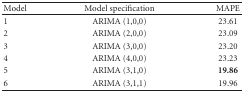
<table><thead><tr><td><b>Model</b></td><td><b>Model specification</b></td><td><b>MAPE</b></td></tr></thead><tbody><tr><td>1</td><td>ARIMA (1,0,0)</td><td>23.61</td></tr><tr><td>2</td><td>ARIMA (2,0,0)</td><td>23.09</td></tr><tr><td>3</td><td>ARIMA (3,0,0)</td><td>23.20</td></tr><tr><td>4</td><td>ARIMA (4,0,0)</td><td>23.23</td></tr><tr><td>5</td><td>ARIMA (3,1,0)</td><td><b>19.86</b></td></tr><tr><td>6</td><td>ARIMA (3,1,1)</td><td>19.96</td></tr></tbody></table>